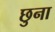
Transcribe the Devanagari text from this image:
छुना